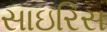
સાઇરિસ